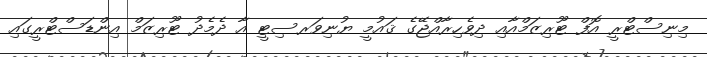
މިނިސްޓްރީ އޮފް ޓޫރިޒަމްއާއި ދިވެހިރާއްޖޭގެ ޤައުމީ ޔުނިވަރސިޓީ އާ ދެމެދު ޓޫރިޒަމް އިންޑަސްޓްރީގައި